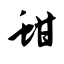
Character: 蚶